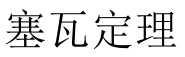
塞瓦定理